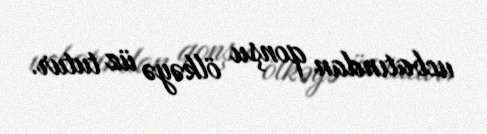
ucbatından qonşu ölkəyə üz tutur.